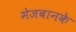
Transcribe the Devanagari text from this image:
मेजबानके